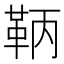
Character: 鞆